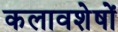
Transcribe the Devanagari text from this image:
कलावशेषों